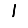
Digit: 1